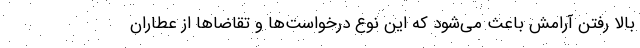
بالا رفتن آرامش باعث می‌شود که این نوع درخواست‌ها و تقاضاها از عطاران